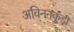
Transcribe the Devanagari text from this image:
अविननकुडी